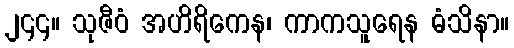
၂၄၄။ သုဇီဝံ အဟိရိကေန၊ ကာကသူရေန ဓံသိနာ။